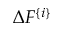
\Delta F ^ { \{ i \} }